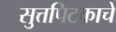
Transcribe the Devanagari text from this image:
सुत्तपिटकाचे